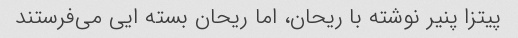
پیتزا پنیر نوشته با ریحان، اما ریحان بسته ایی می‌فرستند